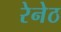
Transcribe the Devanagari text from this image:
रेनेठ